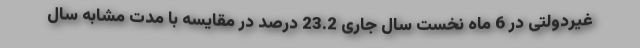
غیردولتی در 6 ماه نخست سال جاری 23.2 درصد در مقایسه با مدت مشابه سال